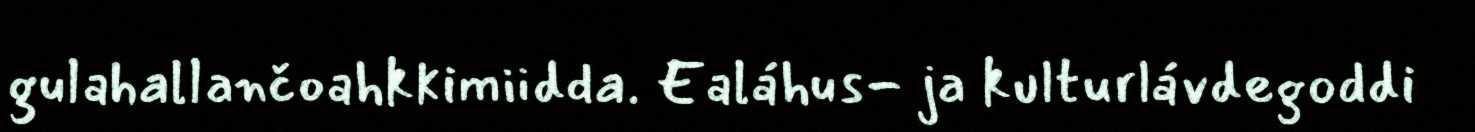
gulahallančoahkkimiidda. Ealáhus- ja kulturlávdegoddi